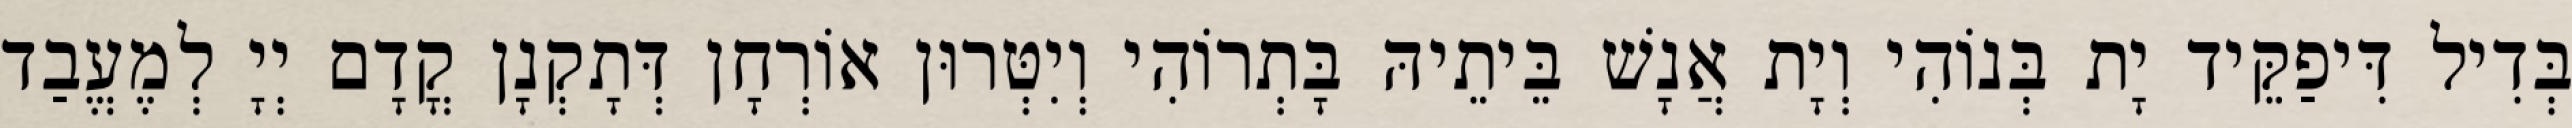
בְּדִיל דִּיפַקֵּיד יָת בְּנוֹהִי וְיָת אֲנָשׁ בֵּיתֵיהּ בָּתְרוֹהִי וְיִטְּרוּן אוֹרְחָן דְּתָקְנָן קֳדָם יְיָ לְמֶעֱבַד